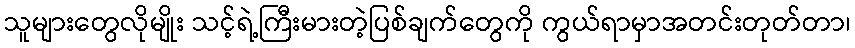
သူများတွေလိုမျိုး သင့်ရဲ့ကြီးမားတဲ့ပြစ်ချက်တွေကို ကွယ်ရာမှာအတင်းတုတ်တာ၊